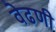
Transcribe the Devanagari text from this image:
वेढणी